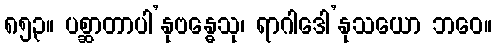
၈၅၃။ ပစ္ဆာတာပါ’နုဗန္ဓေသု၊ ရာဂါဒေါ’နုသယော ဘဝေ။